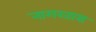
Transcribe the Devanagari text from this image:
नागरतास